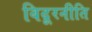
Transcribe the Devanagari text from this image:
विदूरनीति